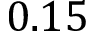
0 . 1 5